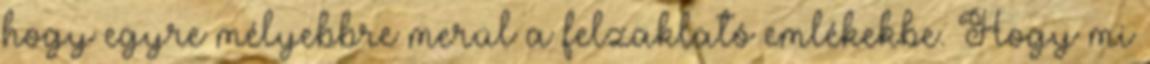
hogy egyre mélyebbre merül a felzaklató emlékekbe. Hogy mi